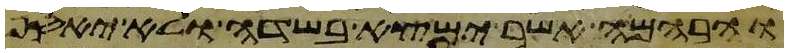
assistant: והבהמה אשר ימצא בשדה ולא יאסף